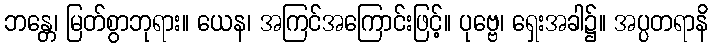
ဘန္တေ၊ မြတ်စွာဘုရား။ ယေန၊ အကြင်အကြောင်းဖြင့်။ ပုဗ္ဗေ၊ ရှေးအခါ၌။ အပ္ပတရာနိ